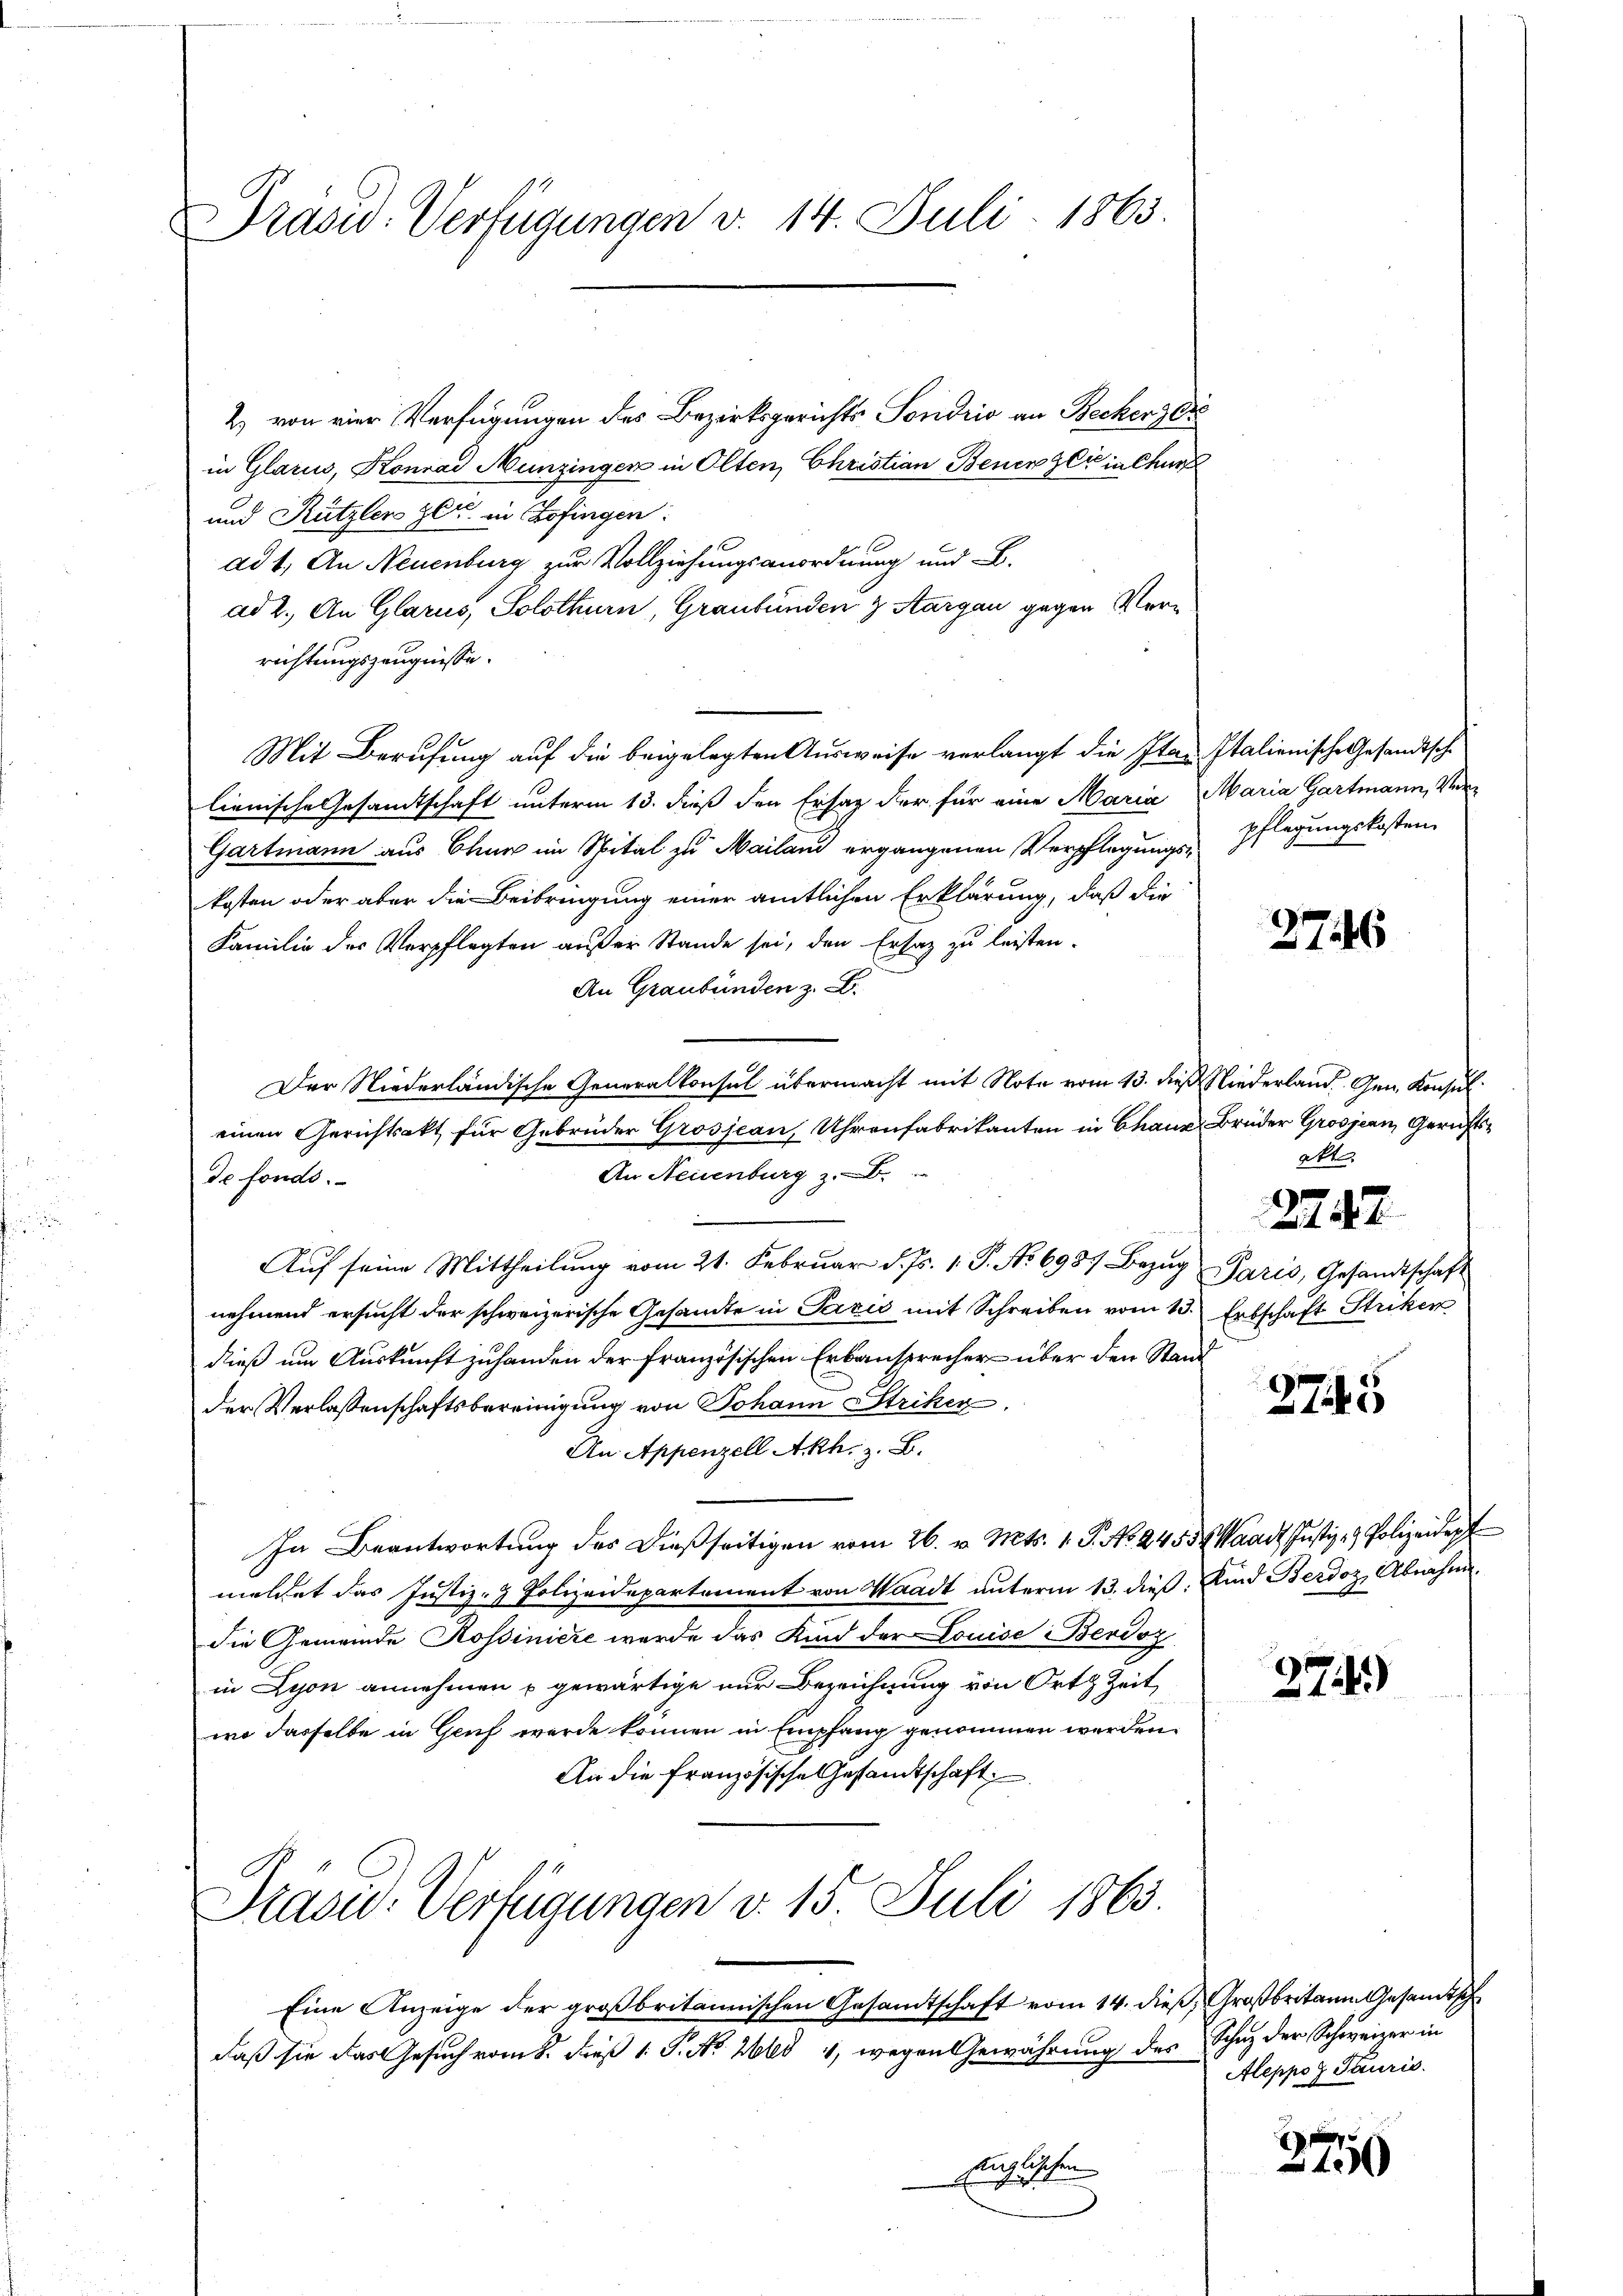
Präsid. Verfügungen v. 14. Juli 1863.

2) von vier Verfügungen des Bezirksgerichts Sondrio an Becker zer
in Glarus, Konrad Munzinger in Olten, Christian Benen sei in Churf
und Rützler Zeit in Zofingen:
12
ad 1. An Neuenburg zur Vollziehungsanordnung und B.
ad 2. An Glarus, Solothurn, Graubünden & Aargau gegen Verrichtungszeugnisse.
Mit Berufung auf die beigelegten Ausweise verlangt die Itar. Italienische Gesandtsche
lienische Gesandtschaft unterm 13. dieß den Ersatz der für eine Maria Maria Gartmann, Ver¬
Gartmann aus Chur im Spital zu Mailand ergangenen Verpflegungs-Pflegungskosten
kosten oder aber die Beibringung einer amtlichen Erklärung, daß die
Familie des Verpflegten außer Stande sei, den Ersaz zu leisten.
An Graubünden z. B.
Der Niederländische Generalkonsul übermacht mit Note vom 13. dieß Niederland. Gen. Konsuleinen Gerichtsakt für Gebrüder Grosjean, Uhrenfabrikanten in Chaux Brüder Grosjean, Gerichts¬
An Neuenburg z. B.
de fonds.
Auf seine Mittheilung vom 21. Februar d. Js. 1. P. No 6987 Bezug Paris, Gesandtschaft
nehmend ersucht der schweizerische Gesandte in Pazić mit Schreiben vom 13. Abschaft Striken
dieß um Auskunft zuhanden der französischen Erbansprecher über den Stand
der Verlassenschaftsbereinigung von Johann Striker,
An Appenzell Akh. z. B.
In Beantwortung des Dießseitigen vom 26. v. Mts. 1. P. No. 245, Waadt, Justiz- & Polizeiden
meldet das Justiz- & Polizeidepartement von Waadt unterm 13. dieß. Kind Berdoz, Abnahme.
die Gemeinde Rossiniere werde das Kind der Louise Berdoz
in Lyon annehmen u gewärtige nur Bezeichnung von Orts Zeit,
wo dasselbe in Gruf werde können in Empfang genommen werden.
An die Französische Gesamtschaft:
Prasid. Verfügungen v. 15. Juli 1863
Eine Anzeige der großbritannischen Gesamtschaft vom 14. dieß, Großbritann Gesandtsche
daß sie das Gesuch vom 8. dieß 1 S. Nr. 268 4, wegen Gewährung des Schuz der Schweizer in
englischen
E

2746

akt
2247.

2745

274)

Aleppoz Tauris

3750